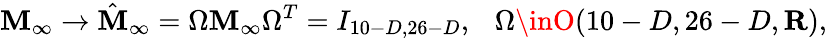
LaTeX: \mathbf{M}_{\infty}\to\hat{{\mathbf{M}}}_{\infty}=\Omega\mathbf{M}_{\infty}\Omega^{T}=I_{10-D,26-D},\ \ \ \Omega\inO(10-D,26-D,{\mathbf{R}}),